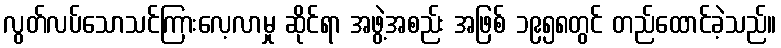
လွတ်လပ်သောသင်ကြားလေ့လာမှု ဆိုင်ရာ အဖွဲ့အစည်း အဖြစ် ၁၉၅၈တွင် တည်ထောင်ခဲ့သည်။